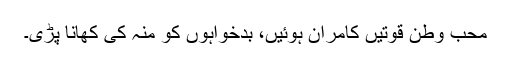
محب وطن قوتیں کامران ہوئیں، بدخواہوں کو منہ کی کھانا پڑی۔